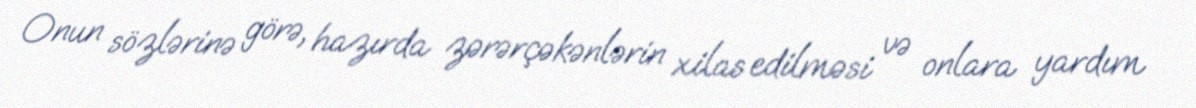
Onun sözlərinə görə, hazırda zərərçəkənlərin xilas edilməsi və onlara yardım